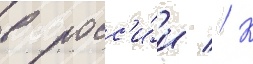
в росс'и́и // К